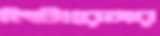
লিটারেচার